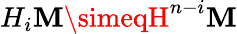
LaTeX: H_{i}\mathbf{M}\simeqH^{n-i}\mathbf{M}